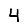
Digit: 4